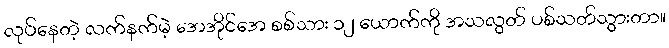
လုပ်နေတဲ့ လက်နက်မဲ့ အေအိုင်အေ စစ်သား ၁၂ ယောက်ကို အသလွတ် ပစ်သတ်သွားတာ။